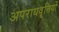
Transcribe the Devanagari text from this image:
अपराधवृत्तियों